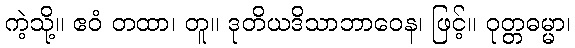
ကဲ့သို့။ ဧဝံ တထာ၊ တူ။ ဒုတိယဒိသာဘာဝေန၊ ဖြင့်။ ဝုတ္တဓမ္မာ၊